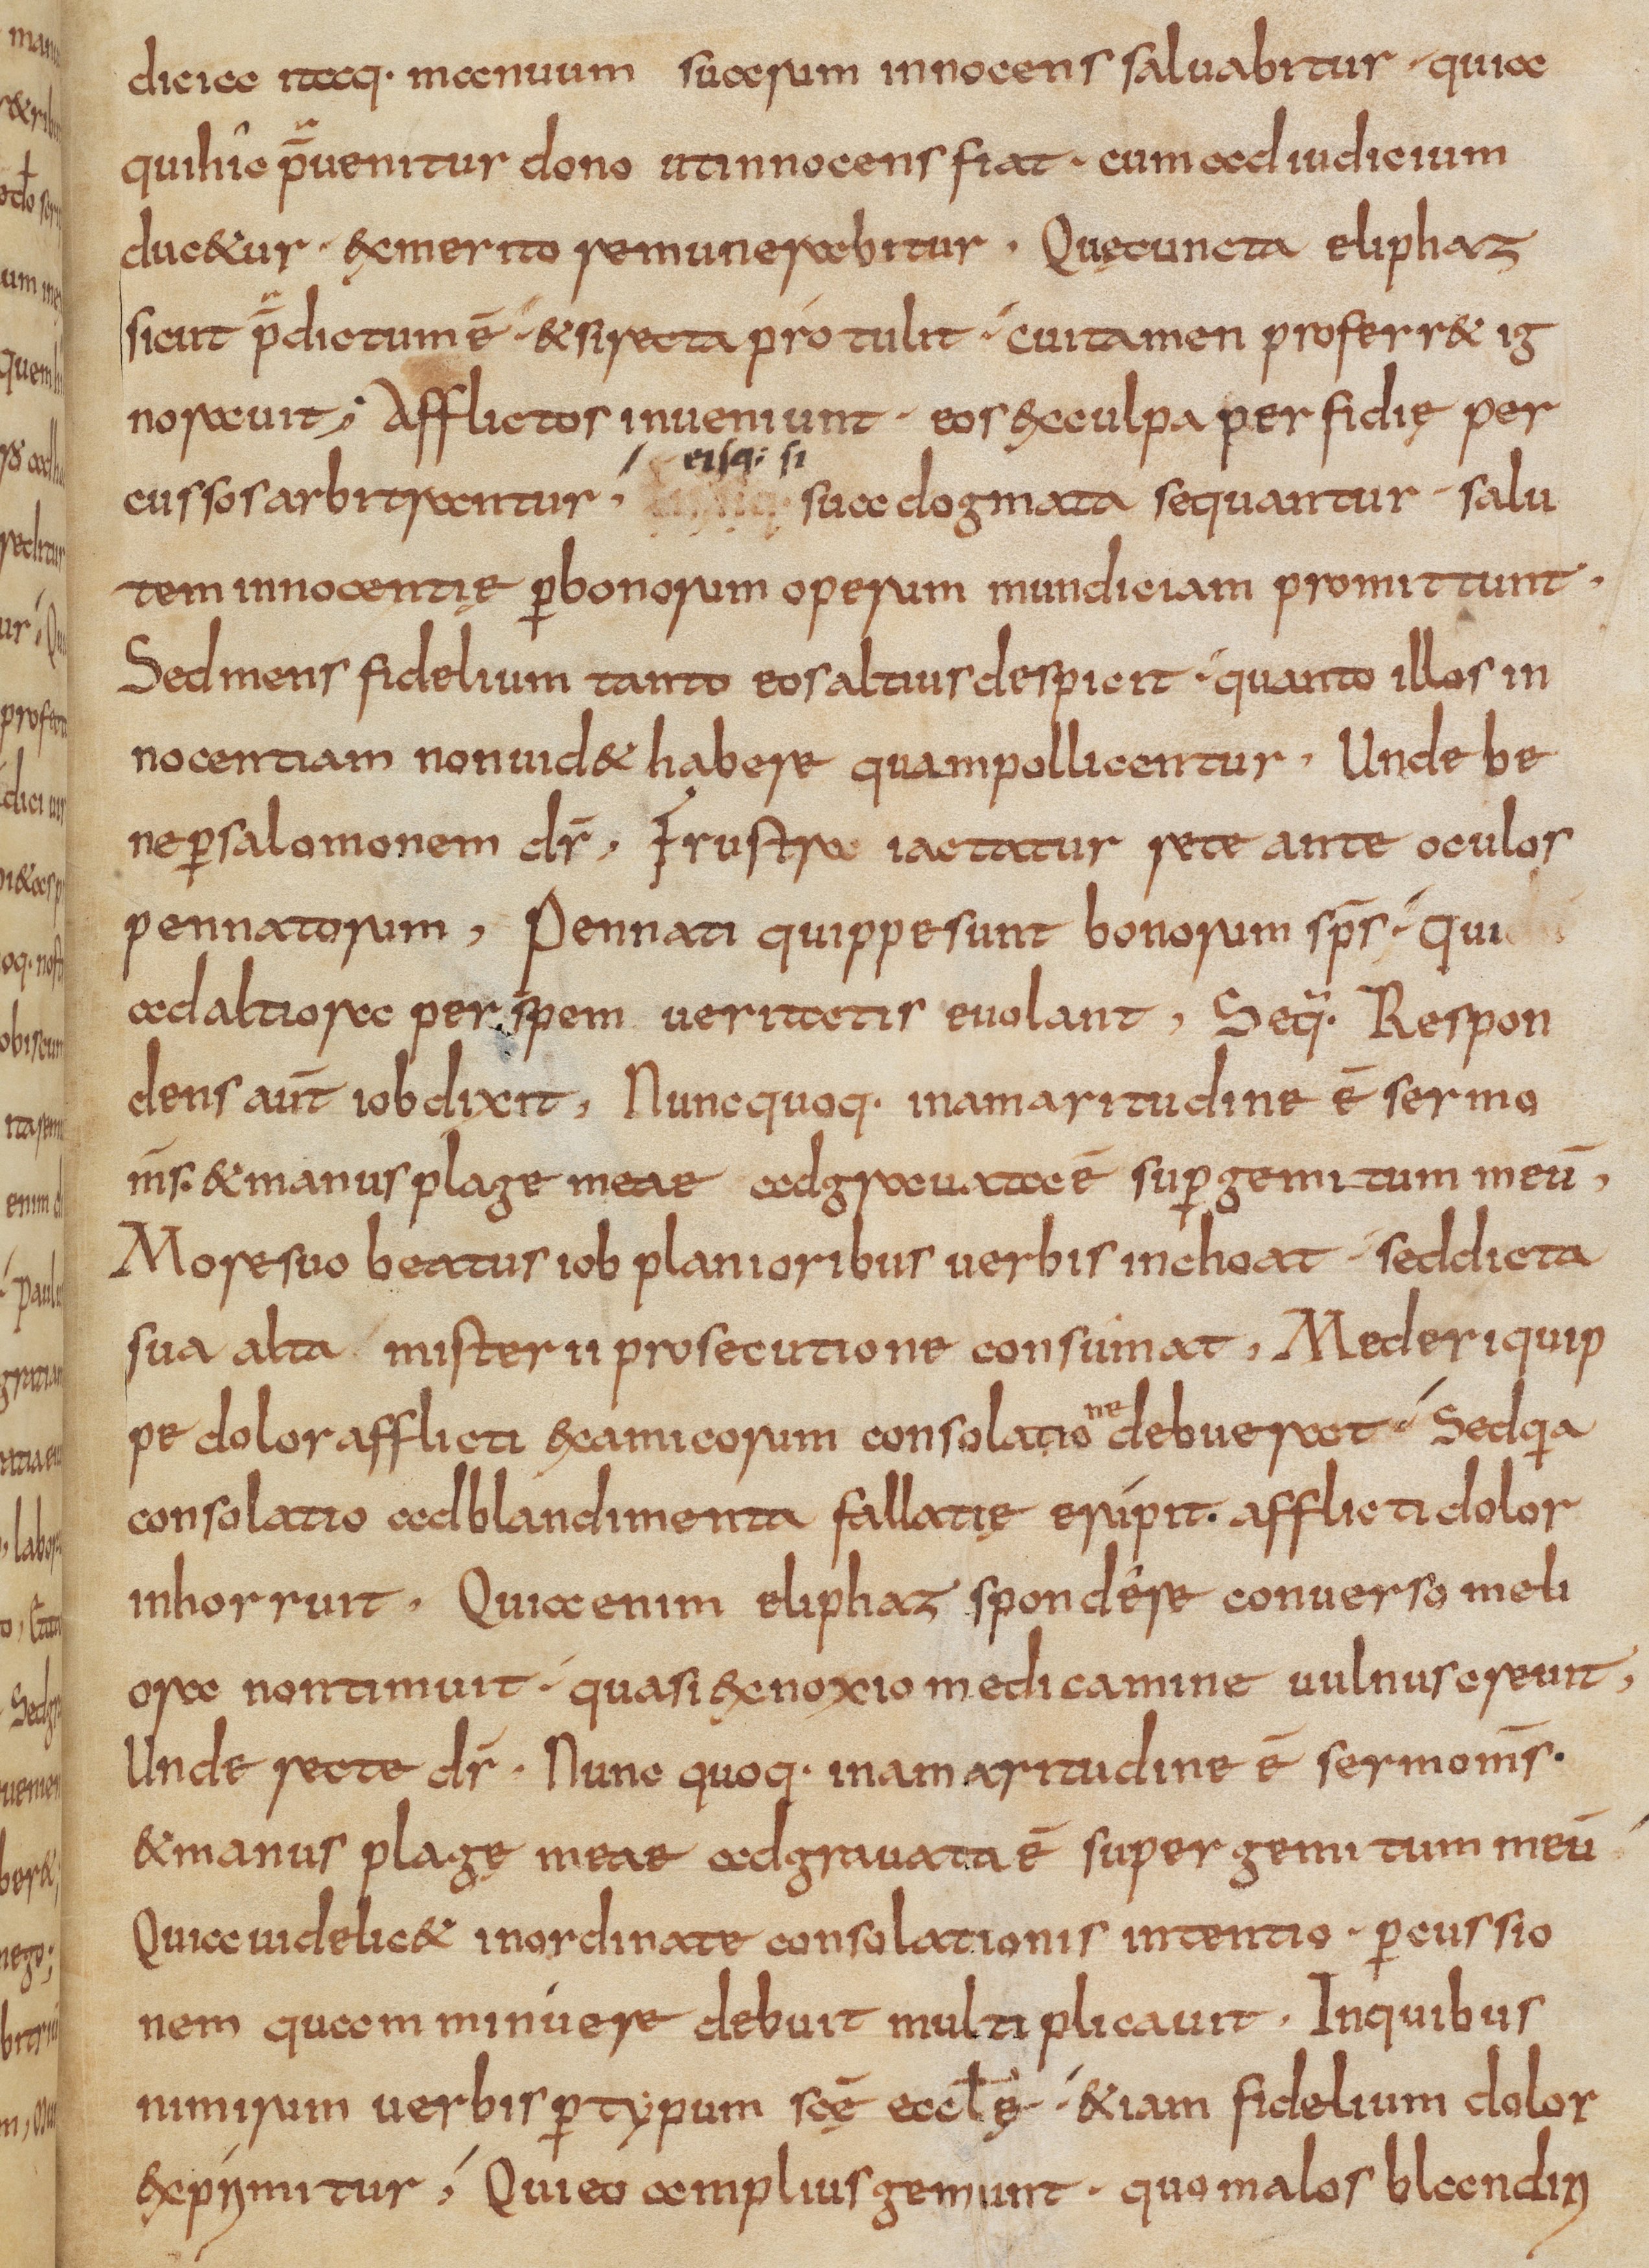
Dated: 800–832